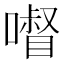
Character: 𱔽